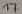
Text: 17